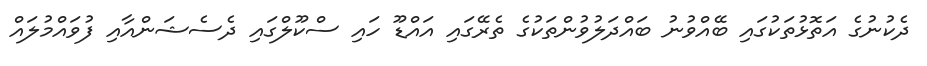
ދެކުނުގެ އަތޮޅުތަކުގައި ބޭއްވުނު ބައްދަލުވުންތަކުގެ ތެރޭގައި އައްޑޫ ހައި ސްކޫލްގައި ދެސެޝަންއާއި ފުވައްމުލައް